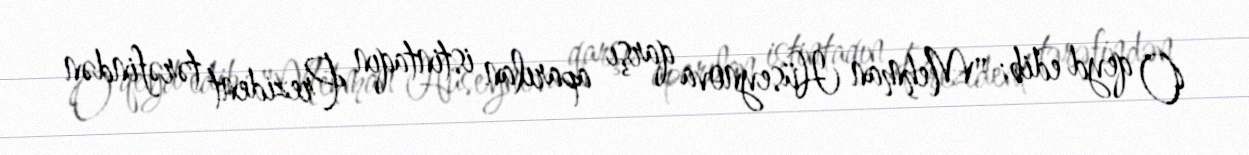
O qeyd edib: "Mehman Hüseynova qarşı aparılan istintaqın Prezident tərəfindən